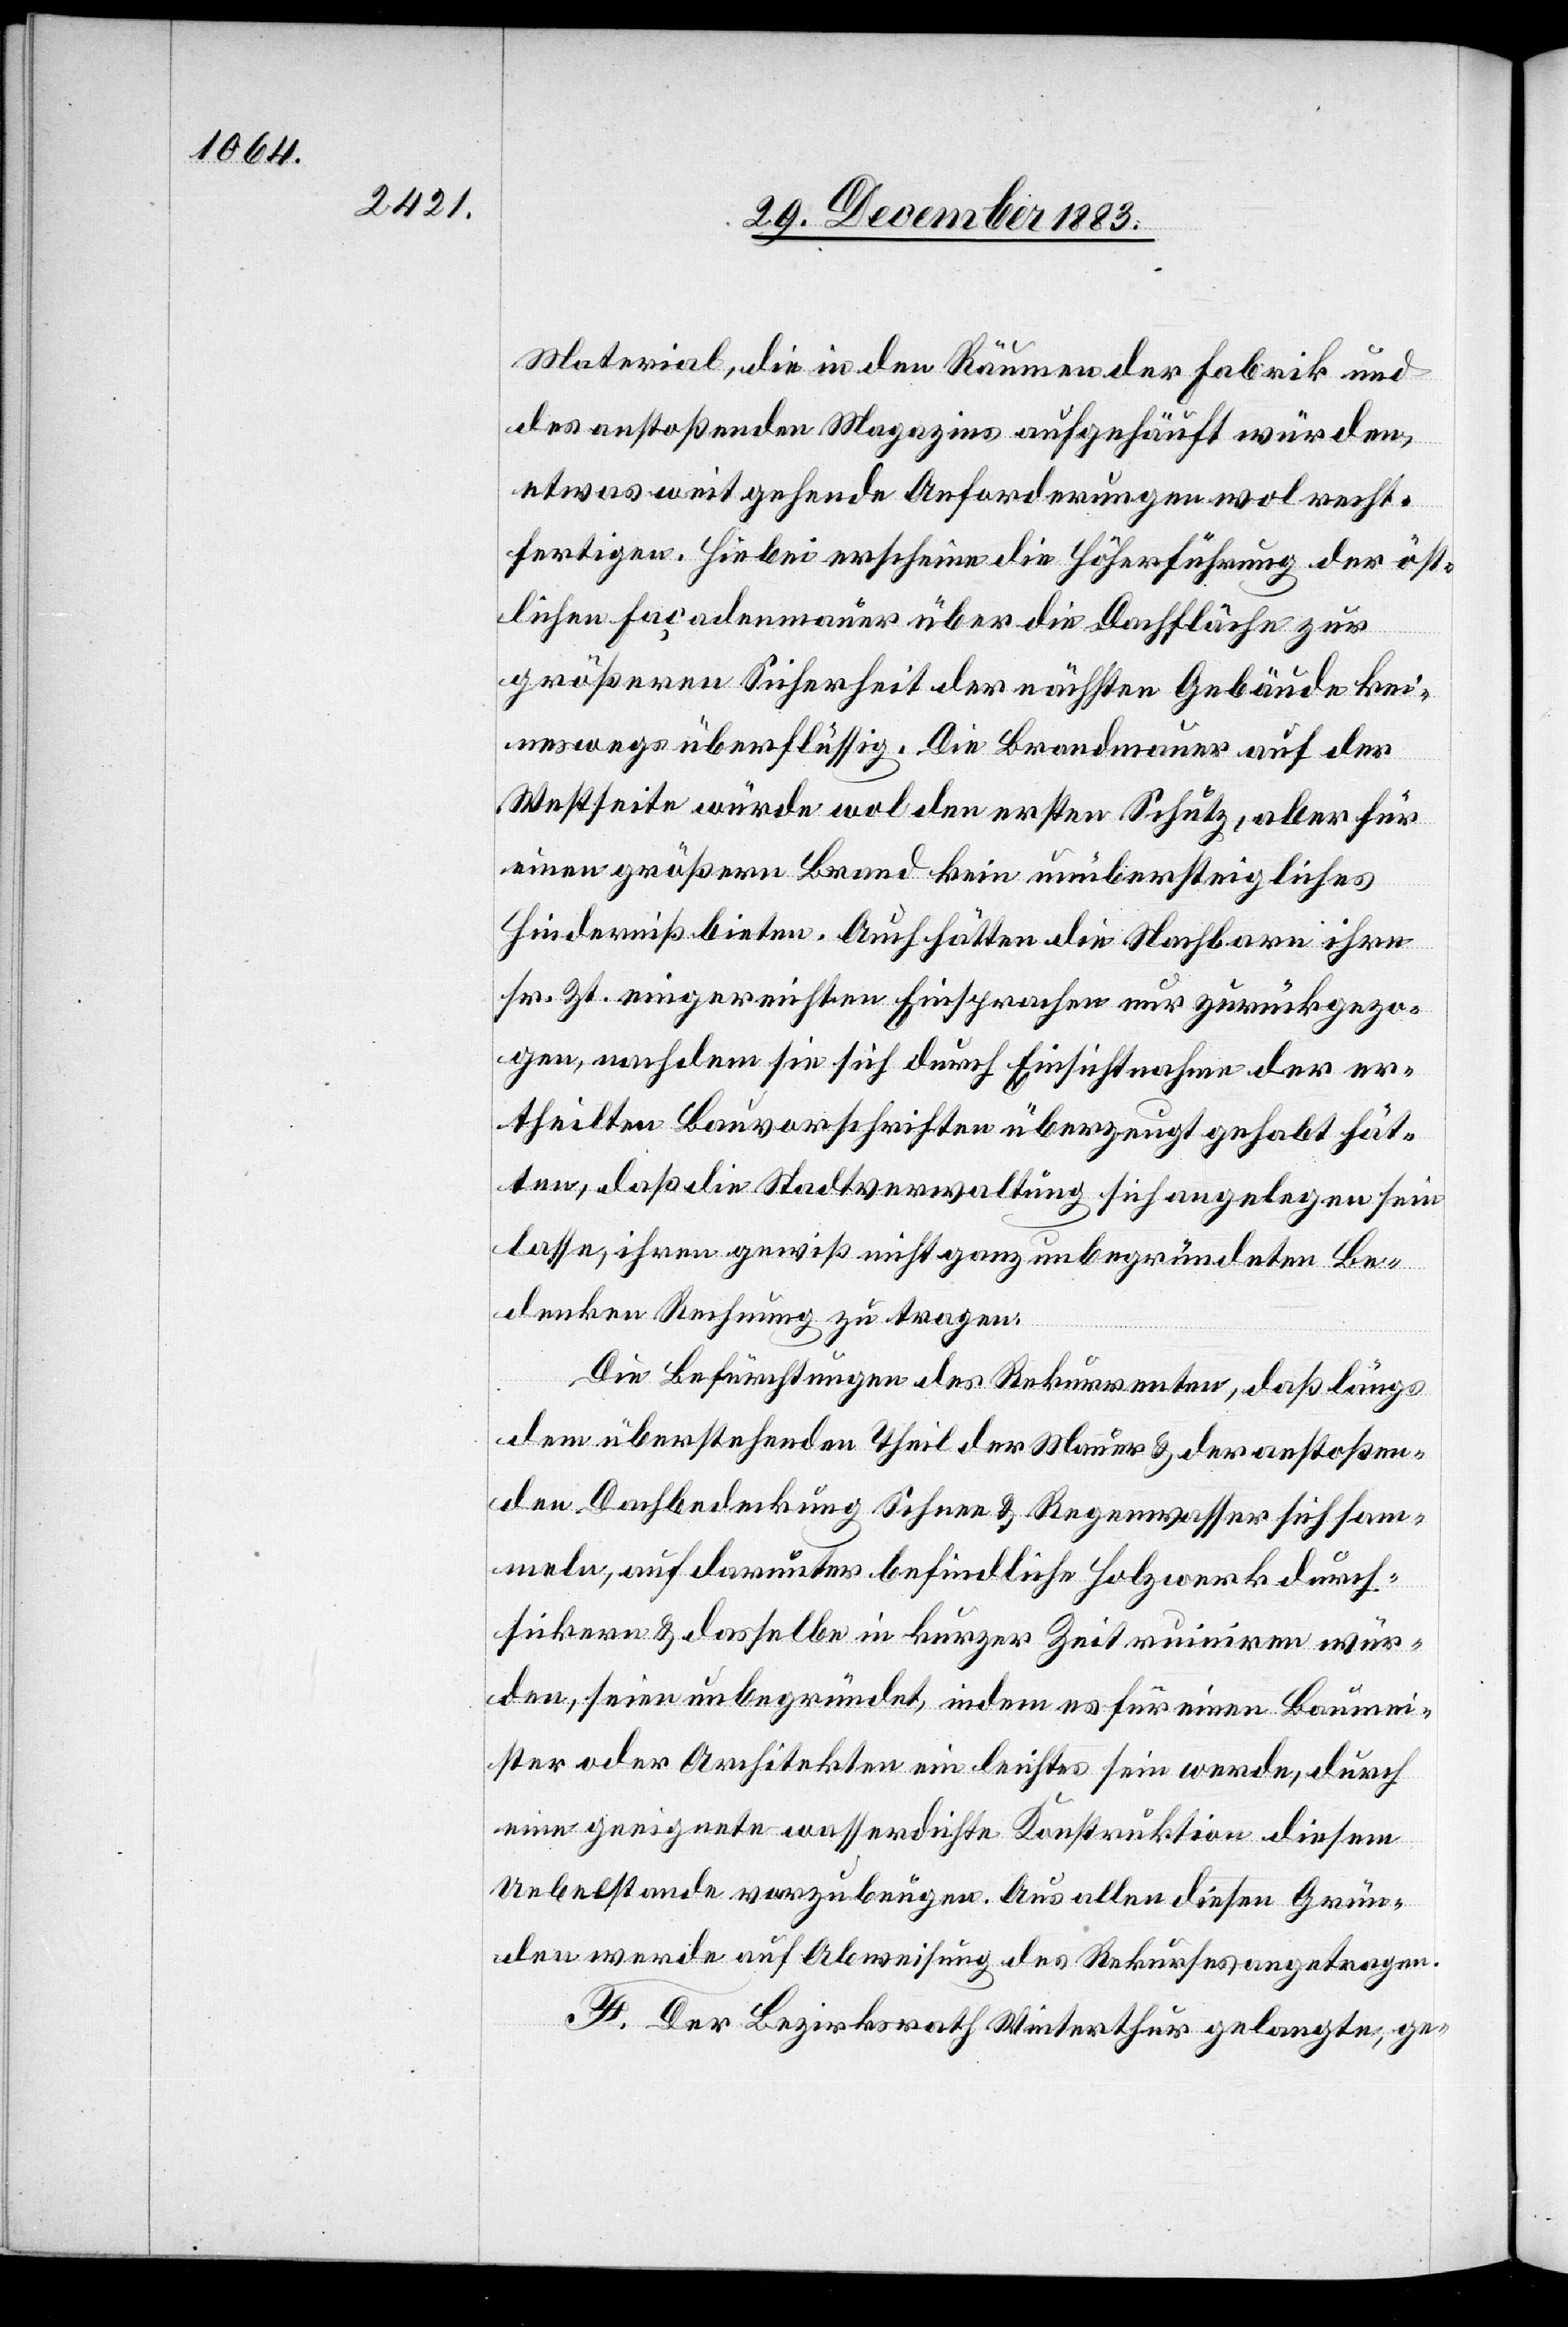
Material, die in den Räumen der Fabrik und
des anstoßenden Magazins aufgehäuft würden,
etwas weitgehende Anforderungen wol recht¬
fertigen. Hiebei erscheine die Höherführung der öst¬
lichen Façaden über die Dachfläche zur
größeren Sicherheit der nächsten Gebäude kei¬
neswegs überflüssig. Die Brandmauer auf der
Westseite würde wol den ersten Schutz, aber für
einen größern Brand kein unübersteigliches
Hinderniß bieten. Auch hätten die Nachbarn ihre
sr. Zt. eingereichten Einsprachen nur zurückbezo¬
gen, nachdem sie sich durch Einsichtnahme der er¬
theilten Bauvorschriften überzeugt gehabt hät¬
ten, daß die Stadtverwaltung sich angelegen sein
lasse, ihren gewiß nicht ganz unbegründeten Be¬
denken Rechnung zu tragen.
Die Befürchtungen des Rekurrenten, daß längs
dem überstehenden Theil der Mauer & der anstoßen¬
den Dachbedeckung Schnee & Regenwasser sich sam¬
meln, auf darunter befindliche Holzwerk durch¬
sickern & dasselbe in kurzer Zeit ruiniren wür¬
den, seien unbegründet, indem es für einen Baumei¬
ster oder Architekten ein leichtes sein werde, durch
eine geeignete wasserdichte Konstruktion diesem
Uebelstande vorzubeugen. Aus allen diesen Grün¬
den werde auf Abweisung des Rekurses angetragen.
F. Der Bezirksrath Winterthur gelangte, ge-